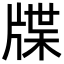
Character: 牒